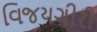
વિજયગીરી